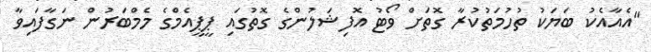
"އެއާއެކު ބަޔަކު ތުހުމަތުކުރާ ގޮތަށް ވޯޓު އޮފިޝަލުންގެ ގޮތުގައި ޕީޕީއެމްގެ މެމްބަރުން ނަގާފައިވާ